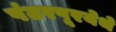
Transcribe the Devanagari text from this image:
पंढरपूरयेथे